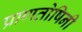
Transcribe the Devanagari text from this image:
प्राणतोषिनी